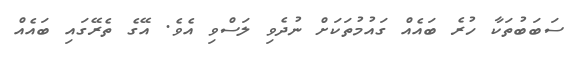
ސަބަބުތަކާ ހުރެ ބައެއް ގައުމުތަކަށް ނުދެވި ލަސްވި އެވެ. އޭގެ ތެރޭގައި ބައެއް